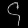
Digit: ၄